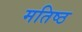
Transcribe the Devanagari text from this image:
मतिष्ठ